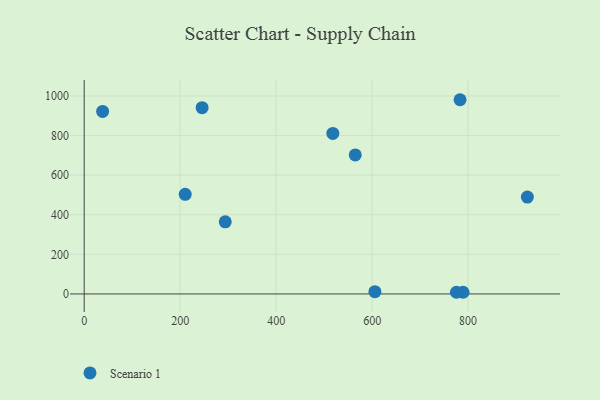
{"axis": {"x": "Experience", "y": "Yield"}, "legend": ["Scenario 1"], "data": [{"x": "293.9", "y": 364.5, "type": "Scenario 1"}, {"x": "789.5", "y": 8.6, "type": "Scenario 1"}, {"x": "518.1", "y": 811.1, "type": "Scenario 1"}, {"x": "245.7", "y": 941.0, "type": "Scenario 1"}, {"x": "564.8", "y": 702.5, "type": "Scenario 1"}, {"x": "605.8", "y": 11.5, "type": "Scenario 1"}, {"x": "210.5", "y": 503.2, "type": "Scenario 1"}, {"x": "923.5", "y": 489.2, "type": "Scenario 1"}, {"x": "38.4", "y": 922.1, "type": "Scenario 1"}, {"x": "775.7", "y": 8.4, "type": "Scenario 1"}, {"x": "783.2", "y": 981.1, "type": "Scenario 1"}]}